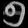
Digit: ၅